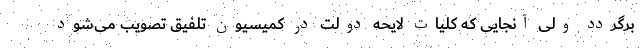
برگردد ولی آنجایی که کلیات لایحه دولت در کمیسیون تلفیق تصویب می‌شود